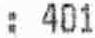
: 401